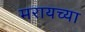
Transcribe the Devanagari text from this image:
मरायच्या